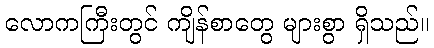
လောကကြီးတွင် ကျိန်စာတွေ များစွာ ရှိသည်။